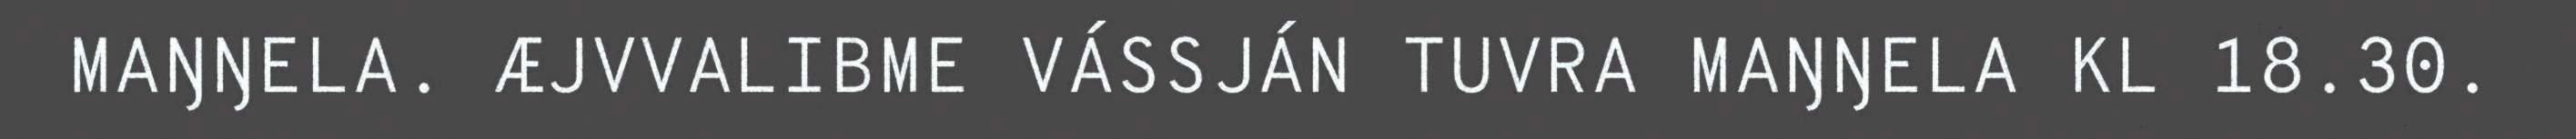
MAŊŊELA. ÆJVVALIBME VÁSSJÁN TUVRA MAŊŊELA KL 18.30.